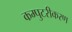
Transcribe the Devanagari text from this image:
कम्पुटरीकरण